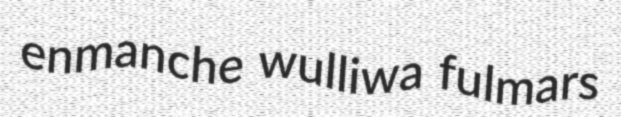
enmanche wulliwa fulmars